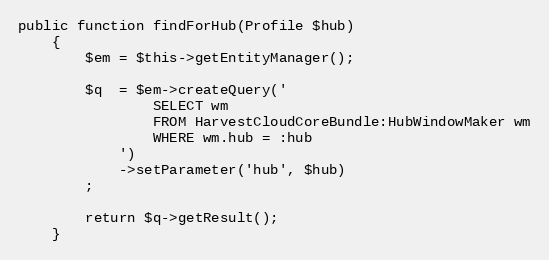
Language: PHP
public function findForHub(Profile $hub)
    {
        $em = $this->getEntityManager();

        $q  = $em->createQuery('
                SELECT wm
                FROM HarvestCloudCoreBundle:HubWindowMaker wm
                WHERE wm.hub = :hub
            ')
            ->setParameter('hub', $hub)
        ;

        return $q->getResult();
    }